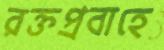
রক্তপ্রবাহে